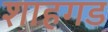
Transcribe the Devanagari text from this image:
शाहगड